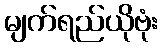
မျက်ရည်ယိုဗုံး